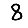
Digit: 8